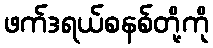
ဖက်ဒရယ်စနစ်တို့ကို